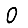
Digit: 0